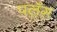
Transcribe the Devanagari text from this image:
पलँग